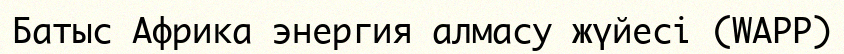
Батыс Африка энергия алмасу жүйесі (WAPP)